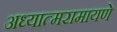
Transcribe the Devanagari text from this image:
अध्यात्मरामायणे